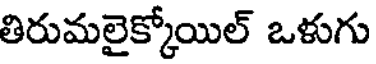
తిరుమలైక్కోయిల్ ఒళుగు